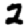
Digit: 2